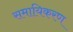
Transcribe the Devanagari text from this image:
समायिकरण